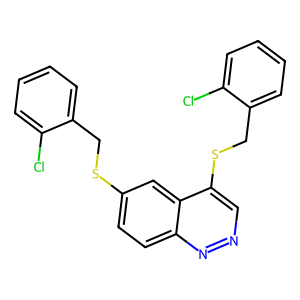
SMILES: Clc1ccccc1CSc1ccc2nncc(SCc3ccccc3Cl)c2c1
Inhibits HIV replication: No